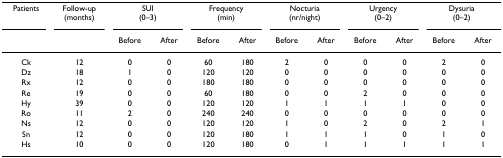
| Patients | Follow-up (months) | <COLSPAN=2> SUI (0–3) | <COLSPAN=2> Frequency (min) | <COLSPAN=2> Nocturia (nr/night) | <COLSPAN=2> Urgency (0–2) | <COLSPAN=2> Dysuria (0–2) |
 |  |  | Before | After | Before | After | Before | After | Before | After | Before | After |
 | --- | --- | --- | --- | --- | --- | --- | --- | --- | --- | --- | --- |
 | Ck | 12 | 0 | 0 | 60 | 180 | 2 | 0 | 0 | 0 | 2 | 0 |
 | Dz | 18 | 1 | 0 | 120 | 120 | 0 | 0 | 0 | 0 | 0 | 0 |
 | Rx | 12 | 0 | 0 | 180 | 180 | 0 | 0 | 0 | 0 | 0 | 0 |
 | Re | 19 | 0 | 0 | 60 | 180 | 0 | 0 | 2 | 0 | 0 | 0 |
 | Hy | 39 | 0 | 0 | 120 | 120 | 1 | 1 | 1 | 1 | 0 | 0 |
 | Ro | 11 | 2 | 0 | 240 | 240 | 0 | 0 | 0 | 0 | 0 | 0 |
 | Ns | 12 | 0 | 0 | 120 | 120 | 1 | 0 | 2 | 0 | 2 | 1 |
 | Sn | 12 | 0 | 0 | 120 | 180 | 1 | 1 | 1 | 0 | 1 | 0 |
 | Hs | 10 | 0 | 0 | 120 | 180 | 0 | 1 | 1 | 1 | 1 | 1 |